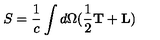
S = \frac { 1 } { c } \int d \Omega ( \frac { 1 } { 2 } { \bf T } + { \bf L } )